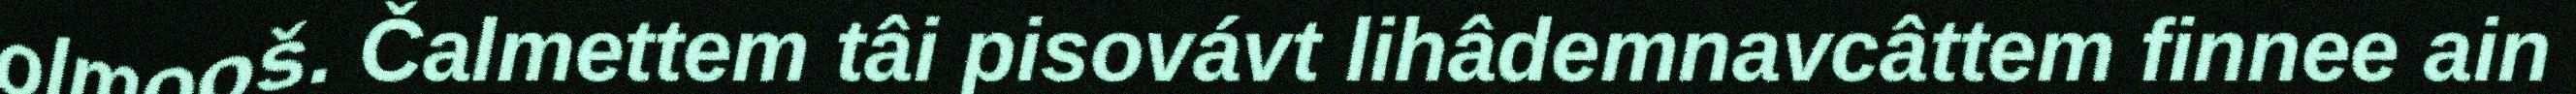
olmooš. Čalmettem tâi pisovávt lihâdemnavcâttem finnee ain